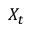
X _ { t }